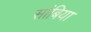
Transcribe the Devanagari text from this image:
सांबिया